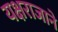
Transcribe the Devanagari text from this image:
यक्षराजाने